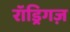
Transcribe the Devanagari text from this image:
रॉड्रिगज़